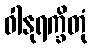
ဝါနုရက္ခိတုံ